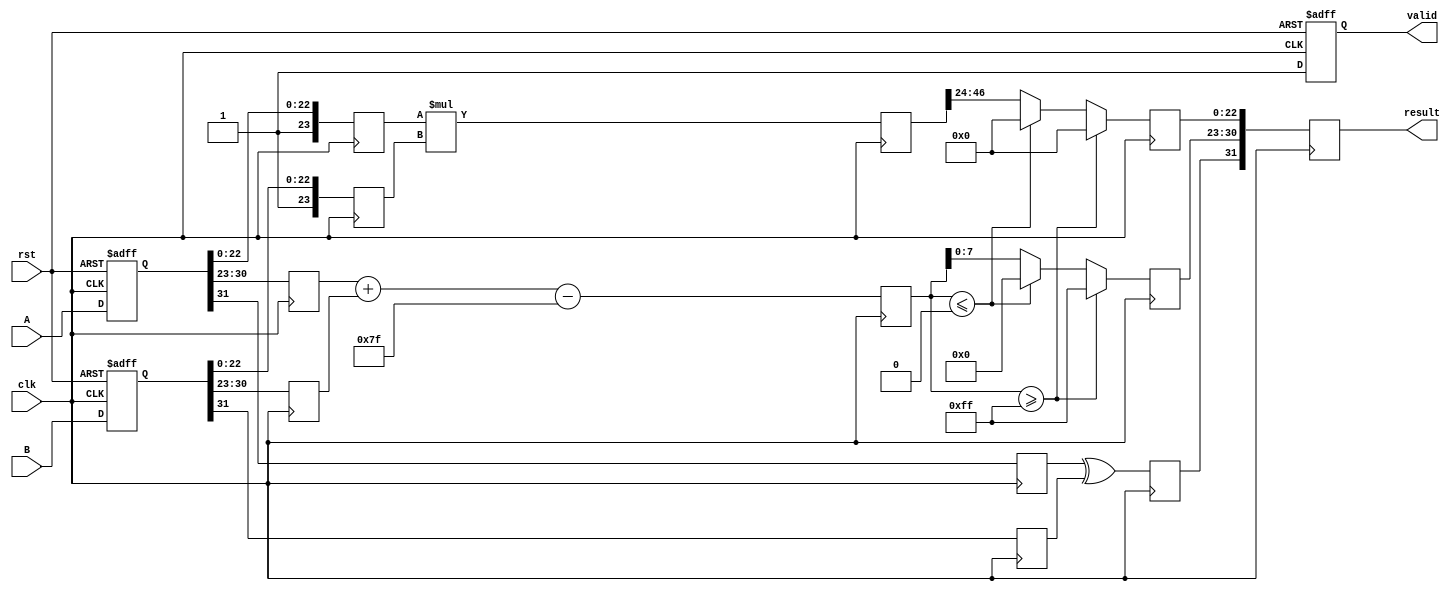
module fp_multiplier (
    input clk,
    input rst,
    input [31:0] A, // Input A in IEEE 754 format
    input [31:0] B, // Input B in IEEE 754 format
    output reg [31:0] result, // Output result in IEEE 754 format
    output reg valid // Indicates when the result is valid
);

    // Pipeline registers
    reg [31:0] A_reg, B_reg;
    reg sign_a, sign_b, sign_result;
    reg [7:0] exp_a, exp_b, exp_result;
    reg [23:0] mant_a, mant_b, mant_result;
    reg [47:0] mant_product; // Intermediate product of mantissas
    reg [8:0] exp_sum; // To handle overflow in exponent addition

    // Constants
    parameter BIAS = 8'd127;
    parameter EXP_MAX = 8'd255;

    // Stage 1: Input Capture
    always @(posedge clk or posedge rst) begin
        if (rst) begin
            A_reg <= 32'b0;
            B_reg <= 32'b0;
            valid <= 1'b0;
        end else begin
            A_reg <= A;
            B_reg <= B;
            valid <= 1'b1; // Indicate that inputs are valid
        end
    end

    // Stage 2: Sign Calculation
    always @(posedge clk) begin
        sign_a <= A_reg[31];
        sign_b <= B_reg[31];
        sign_result <= sign_a ^ sign_b; // XOR for sign of result
    end

    // Stage 3: Exponent Calculation
    always @(posedge clk) begin
        exp_a <= A_reg[30:23];
        exp_b <= B_reg[30:23];
        exp_sum <= exp_a + exp_b - BIAS; // Add exponents and subtract bias
    end

    // Stage 4: Mantissa Calculation
    always @(posedge clk) begin
        mant_a <= {1'b1, A_reg[22:0]}; // Normalize mantissa A
        mant_b <= {1'b1, B_reg[22:0]}; // Normalize mantissa B
        mant_product <= mant_a * mant_b; // Multiply mantissas
    end

    // Stage 5: Result Construction
    always @(posedge clk) begin
        if (exp_sum >= EXP_MAX) begin
            // Handle overflow
            exp_result <= EXP_MAX;
            mant_result <= 24'b0; // Set mantissa to 0 for overflow
        end else if (exp_sum <= 0) begin
            // Handle underflow
            exp_result <= 8'b0;
            mant_result <= 24'b0; // Set mantissa to 0 for underflow
        end else begin
            exp_result <= exp_sum[7:0]; // Use the calculated exponent
            mant_result <= mant_product[47:24]; // Take the upper part of the product
        end

        // Construct the final result
        result <= {sign_result, exp_result, mant_result[22:0]};
    end

endmodule